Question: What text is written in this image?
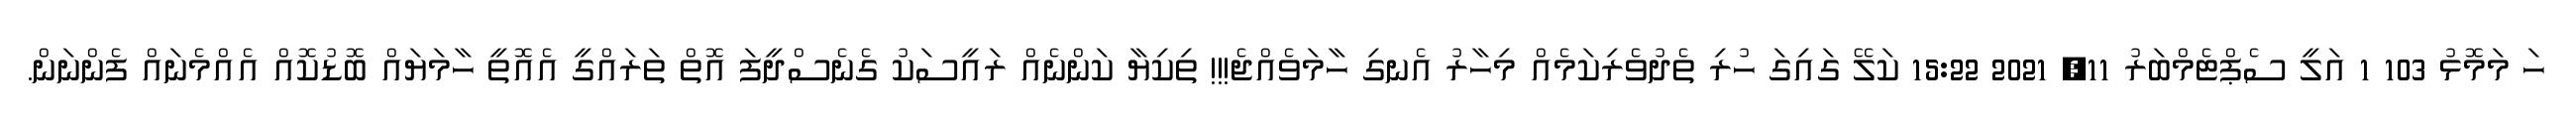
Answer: ހަ މަމޮޅު 103 1 އަލީ ސެޕްޓެމްބަރު 11, 2021 15:22 ކަލޭ ގައިގަ ހުރި ތެދުވެރިކަމެއް މިހާރު އެނގި ހާމަވެއްޖެ!!! ތިކިޔާ ކަންނެއް ރައީސަކު ގެނެސްދީފަ އޮތް ތަރައްގީ އެއޮތީ ހާމަޔައް ބޮޑުކޮއް އެއްމެނައް ފެންނަން.